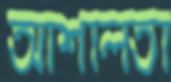
আশালতা